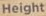
Height